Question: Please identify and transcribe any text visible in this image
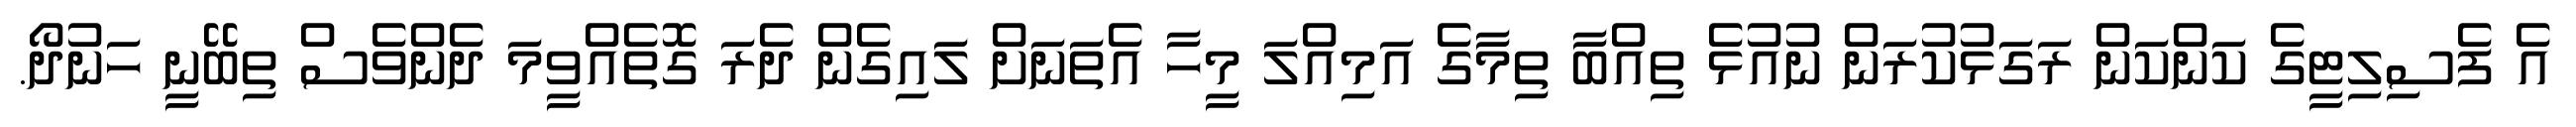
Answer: އެ ފެސިލިޓީގެ ކަންކަން ރަގަޅުކުރަން ނުއުޅެ ތިއްބާ ތިމާގެ އަމިއްލަ މީހާ އެތަނަށް ލައިގެން ދެރަ ގޮތެއްވީމަ ދެންވެސް ތިބޭނީ ހަނުދޯ.